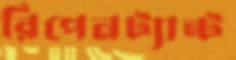
রিপেনট্যান্ট